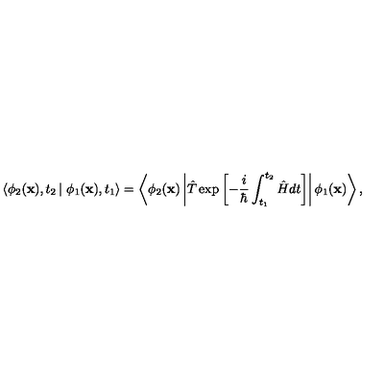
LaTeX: \left\langle \phi _ { 2 } ( { \bf x } ) , t _ { 2 } \left| \right. \phi _ { 1 } ( { \bf x } ) , t _ { 1 } \right\rangle = \left\langle \phi _ { 2 } ( { \bf x } ) \left| \hat { T } \exp \left[ - \frac { i } { \hbar } \int _ { t _ { 1 } } ^ { t _ { 2 } } \hat { H } d t \right] \right| \phi _ { 1 } ( { \bf x } ) \right\rangle ,